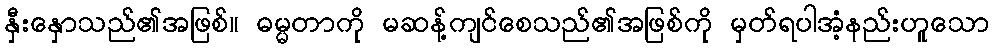
နှီးနှောသည်၏အဖြစ်။ ဓမ္မတာကို မဆန့်ကျင်စေသည်၏အဖြစ်ကို မှတ်ရပါအံ့နည်းဟူသော